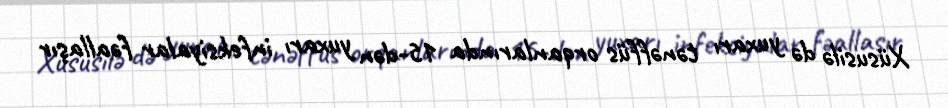
Xüsusilə də yuxarı tənəffüs orqanlarında 15-dən yuxarı infeksiyalar fəallaşır